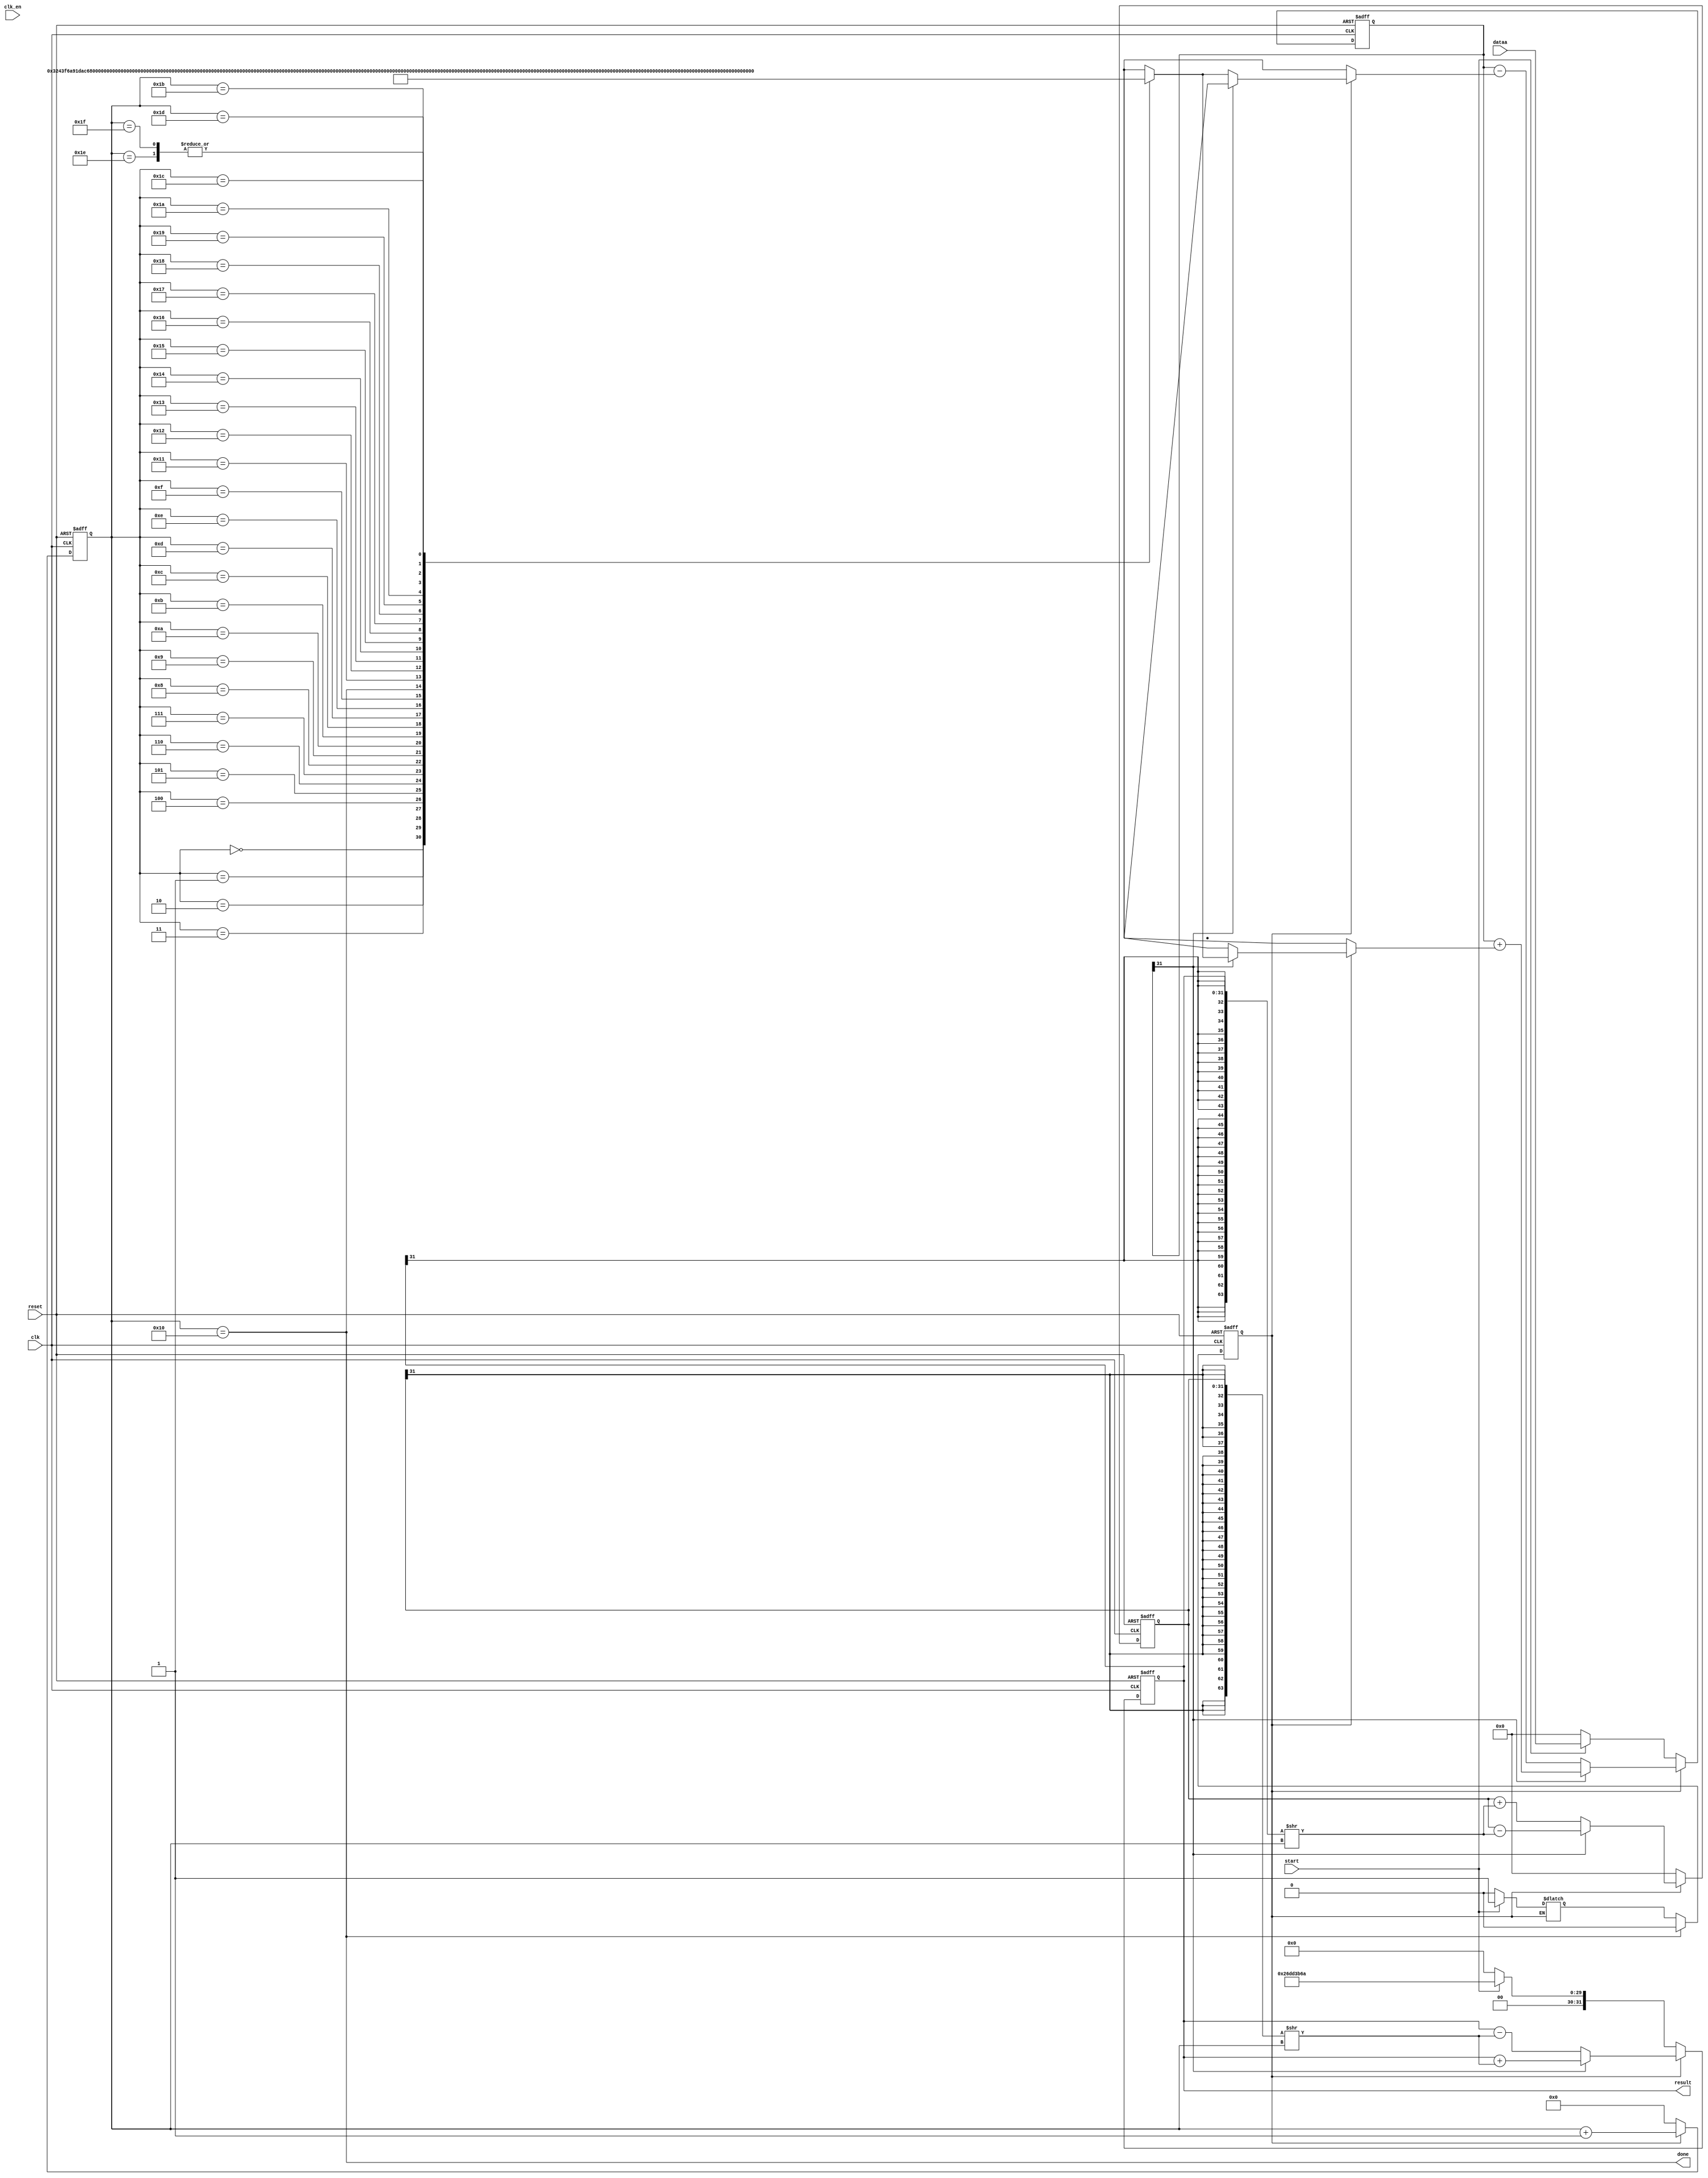
module cordic(
    input clk,
    input clk_en,
    input start,
    input reset,
    input [31:0] dataa,
    output [31:0] result,
    output done

);
    parameter [4:0] stages = 16;
    reg [31:0] x_out,y_out,z_out;
    reg [31:0] x_next,y_next,z_next;
    reg [4:0] iter,iter_next;
	 wire [31:0] angle_lut [31:0];
    reg working, working_next;
	 assign z_debug = z_out;
    assign result = x_out;
	 assign angle_debug = angle_lut[iter];
	 assign y_debug = y_out;
	 assign iter_debug = iter;
    assign done = (iter==stages);
    always@(posedge clk or posedge reset) begin
        if(reset) begin
            x_out <= 0; 

            y_out <= 0;

            z_out <= 0;

            iter <= 0;

            working <= 0;

        end else begin
            x_out <= x_next;
            y_out <= y_next;
            z_out <= z_next;
				if(done) begin
					working <= 0;
				end else begin
					working <= working_next;
				end
            iter <= iter_next;
        end
    end

    always @(*) begin
        if(working) begin
            if(~z_out[31]) begin
                x_next <= x_out - ({{32{y_out[31]}}, y_out} >> iter);
                y_next <= y_out + ({{32{x_out[31]}}, x_out} >> iter);
                z_next <= z_out - angle_lut[iter];
            end
            else begin
                x_next <= x_out + ({{32{y_out[31]}}, y_out} >> iter);
                y_next <= y_out - ({{32{x_out[31]}}, x_out} >> iter);
                z_next <= z_out + angle_lut[iter];
            end
            iter_next <= iter+1;
			end 
			else if(start) begin
            x_next <= 32'b00100110110111010011101101101010; //Gain factor
            y_next <= 0;
            z_next <= dataa;
            working_next <= 1;
				iter_next <= 0;
			end else begin
				x_next <= 0; 
            y_next <= 0;
            z_next <= 0;
            working_next <= 0;
				iter_next <= 0;
			end
    end
	 assign angle_lut[0] = 32'b00110010010000111111011010101001;
     assign angle_lut[1] = 32'b00011101101011000110011100000101;
     assign angle_lut[2] = 32'b00001111101011011011101011111101;
     assign angle_lut[3] = 32'b00000111111101010110111010100111;
     assign angle_lut[4] = 32'b00000011111111101010101101110111;
     assign angle_lut[5] = 32'b00000001111111111101010101011100;
     assign angle_lut[6] = 32'b00000000111111111111101010101011;
     assign angle_lut[7] = 32'b00000000011111111111111101010101;
     assign angle_lut[8] = 32'b00000000001111111111111111101011;
     assign angle_lut[9] = 32'b00000000000111111111111111111101;
     assign angle_lut[10] = 32'b00000000000100000000000000000000;
     assign angle_lut[11] = 32'b00000000000010000000000000000000;
     assign angle_lut[12] = 32'b00000000000001000000000000000000;
     assign angle_lut[13] = 32'b00000000000000100000000000000000;
     assign angle_lut[14] = 32'b00000000000000010000000000000000;
     assign angle_lut[15] = 32'b00000000000000001000000000000000;
     assign angle_lut[16] = 32'b00000000000000000100000000000000;
     assign angle_lut[17] = 32'b00000000000000000010000000000000;
     assign angle_lut[18] = 32'b00000000000000000001000000000000;
     assign angle_lut[19] = 32'b00000000000000000000100000000000;
     assign angle_lut[20] = 32'b00000000000000000000010000000000;
     assign angle_lut[21] = 32'b00000000000000000000001000000000;
     assign angle_lut[22] = 32'b00000000000000000000000100000000;
     assign angle_lut[23] = 32'b00000000000000000000000010000000;
     assign angle_lut[24] = 32'b00000000000000000000000001000000;
     assign angle_lut[25] = 32'b00000000000000000000000000100000;
     assign angle_lut[26] = 32'b00000000000000000000000000010000;
     assign angle_lut[27] = 32'b00000000000000000000000000001000;
     assign angle_lut[28] = 32'b00000000000000000000000000000100;
     assign angle_lut[29] = 32'b00000000000000000000000000000010;
     assign angle_lut[30] = 32'b00000000000000000000000000000001;
     assign angle_lut[31] = 32'b00000000000000000000000000000001;

	 
endmodule